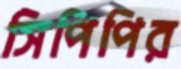
সিপিপির